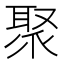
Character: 聚